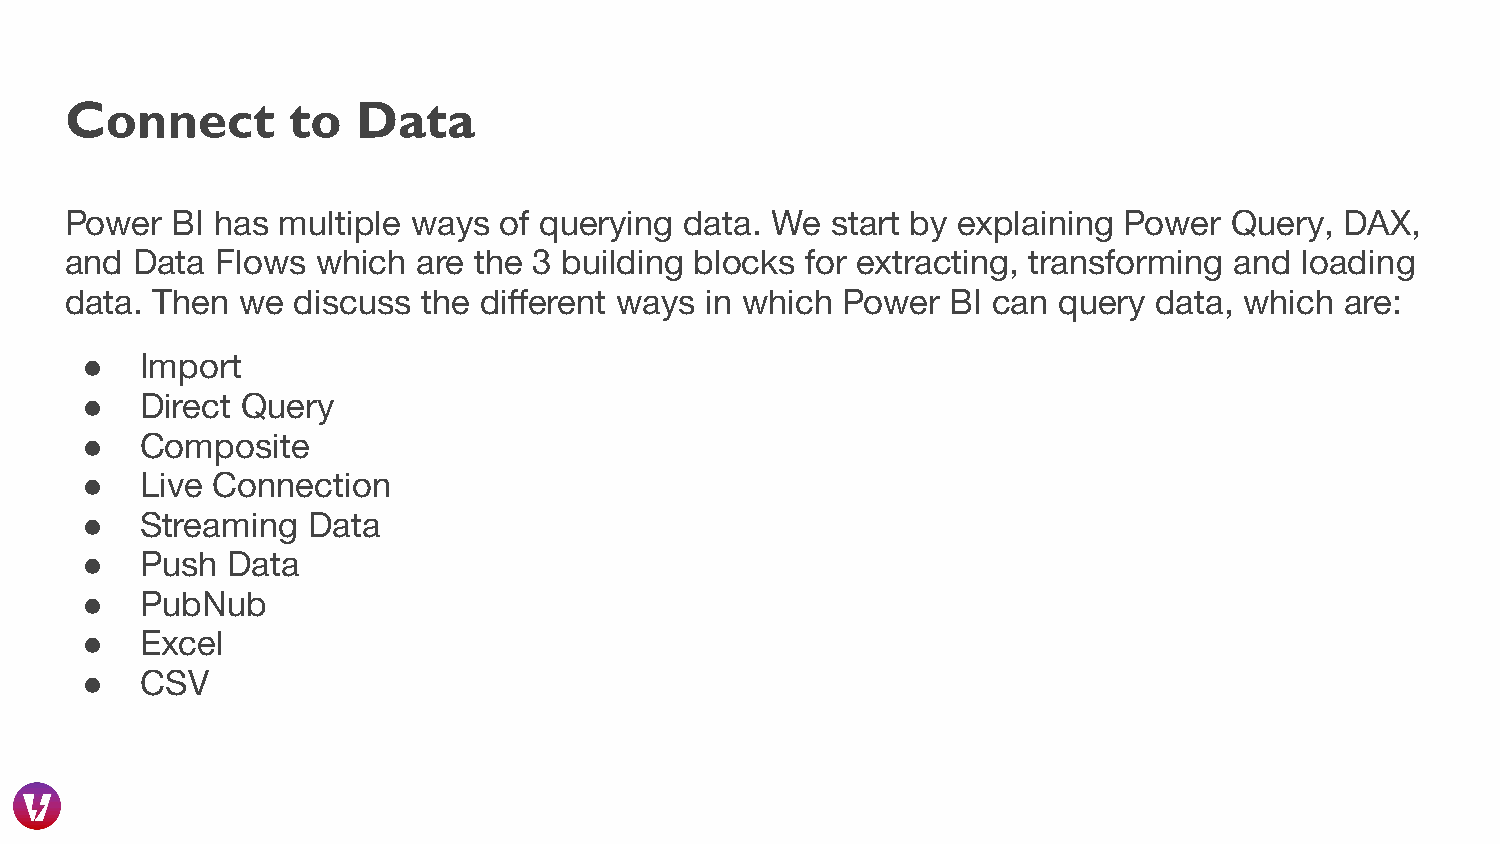
Connect        to   Data
 Power  BI has multiple ways  of querying data. We  start by explaining Power  Query, DAX,
 and  Data Flows  which  are the 3 building blocks for extracting, transforming and loading
 data. Then  we discuss  the different ways in which Power  BI can query  data, which are:
 ●   Import
 ●   Direct Query
 ●   Composite
 ●   Live Connection
 ●   Streaming  Data
 ●   Push  Data
 ●   PubNub
 ●   Excel
 ●   CSV